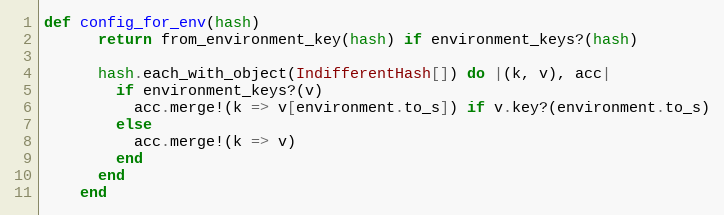
Language: Ruby
def config_for_env(hash)
      return from_environment_key(hash) if environment_keys?(hash)

      hash.each_with_object(IndifferentHash[]) do |(k, v), acc|
        if environment_keys?(v)
          acc.merge!(k => v[environment.to_s]) if v.key?(environment.to_s)
        else
          acc.merge!(k => v)
        end
      end
    end